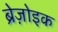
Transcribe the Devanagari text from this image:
ब्रेज़ोइक